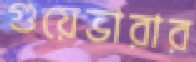
গুয়েভারার